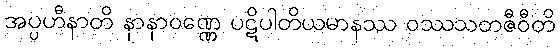
အပ္ပဟီနာတိ နာနာဝဏ္ဏေ ပဋိပါတိယမာနဿ ဝဿသတဇီဝီတိ